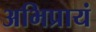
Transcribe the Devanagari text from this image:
अभिप्रायं